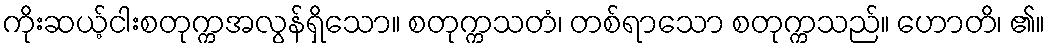
ကိုးဆယ့်ငါးစတုက္ကအလွန်ရှိသော။ စတုက္ကသတံ၊ တစ်ရာသော စတုက္ကသည်။ ဟောတိ၊ ၏။